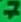
Text: 7